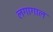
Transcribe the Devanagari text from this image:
लगागाल